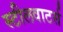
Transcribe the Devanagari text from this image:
स्टीलवाटर्स